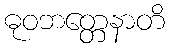
ဓုဝဘတ္တေနာတိ